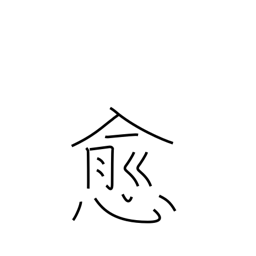
Meaning: beyond doubt